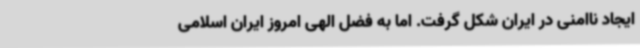
ایجاد ناامنی در ایران شکل گرفت. اما به فضل الهی امروز ایران اسلامی